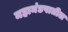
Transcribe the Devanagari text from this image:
महामंडपातील